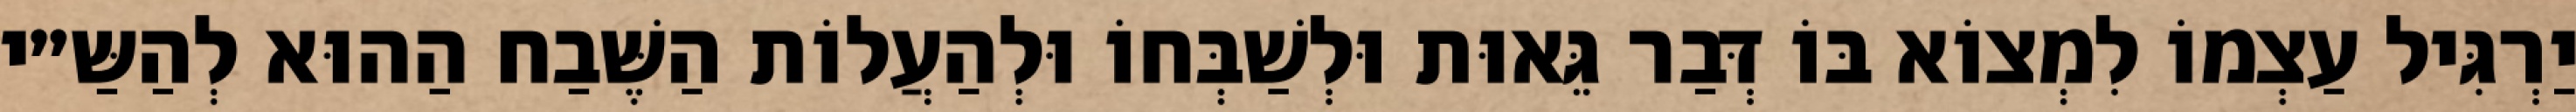
יַרְגִּיל עַצְמוֹ לִמְצוֹא בּוֹ דְּבַר גֵּאוּת וּלְשַׁבְּחוֹ וּלְהַעֲלוֹת הַשֶּׁבַח הַהוּא לְהַשַּ״י